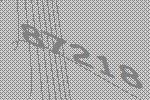
87218